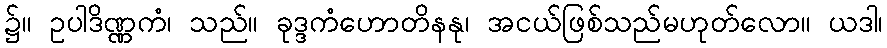
၌။ ဥပါဒိဏ္ဏကံ၊ သည်။ ခုဒ္ဒကံဟောတိနနု၊ အငယ်ဖြစ်သည်မဟုတ်လော။ ယဒါ၊